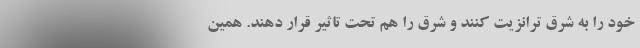
خود را به شرق ترانزیت کنند و شرق را هم تحت تاثیر قرار دهند. همین‌